Tezpur Lunatic Asylum reports 1877-1894 - 1877-1894
Year: 1877
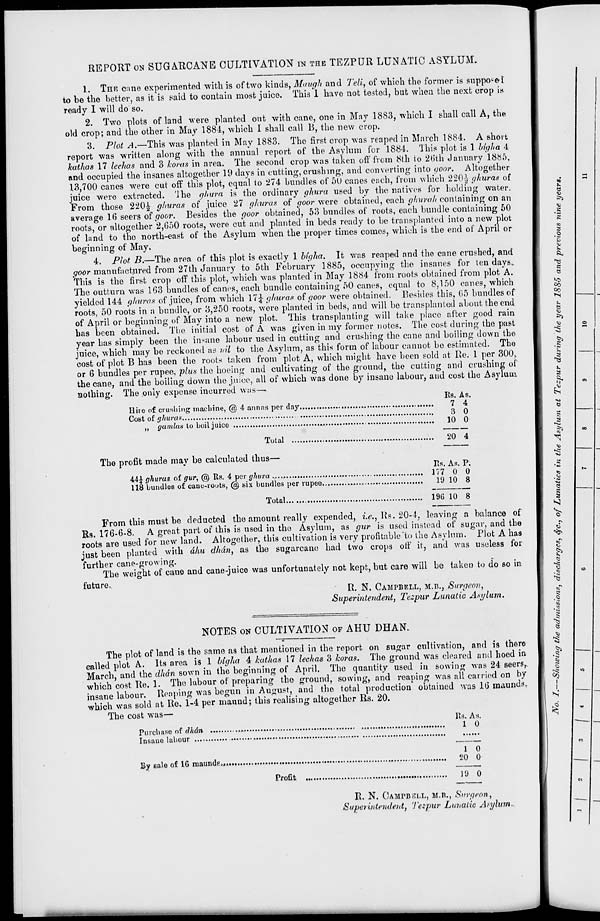
REPORT ON SUGARCANE CULTIVATION IN THE TEZPUR LUNATIC ASYLUM.
1. THE c:me experimented with is of two kinds, Maugh and Tell, of which the former is support
to be the better, as it is said to contain most juice. This 1 have not tested, but when the next crop is
ready I will do so.
2. Two plots of land were planted out with cane, one in May 1883, which I shall call A, the
old crop; and the other in May 1884, which I shall call B, the new crop.
3. Plot A.—This was planted in May 1883. The first crop was reaped in Match 1884. A short
report was written along with the annual report of the Asylum for 1884. This plot is 1 bigha 4
kathas 17 lechas and 3 koras in area. The second crop was taken off from 8th to 2b'th January 1885,
and occupied the insanes altogether 19 days in cutting, crushing, and converting into goor. Altogether
13,700 canes were cut off this plot, equal to 274 bundles of 50 canes each, from which 220-i- ghuras of
juice were extracted, 'ihe ghvra is the ordinary ghura used by the natives for holding water.
From those 220^ ghuras of juice 27 ghuras of goor were obtained, each ghuvah containing on an
average 16 seers of goor. Besides the goor obtained, 53 bundles of roots, each bundle containing 50
roots, or altogether 2,650 roots, were cut and planted in beds ready to be transplanted into a new plot
of land to the north-east of the Asylum when the proper times comes, which is the end of April or
beginning of May.
4. Plot B.—The area of this plot is exactly 1 bigha. It was reaped and the cane crushed, and
goor manufactured from 27th January to 5th February 1885, occupying the insanes for ten days..
This is the first crop off this plot, which was planted in May 1884 from roots obtained from plot A.
The outturn was 163 bundles of canes, each bundle containing 50 canes, equal to 8,150 canes, which
yielded 144 ghuras of juice, from which 17£ ghuras of goor were obtained. Besides this, 65 bundles of
roots, 50 roots in a bundle, or 3,250 roots, were planted in beds, and will be transplanted about the end
of April or beginning of May into a new plot. This transplanting will take place after good rain
has been obtained. The initial cost of A was given in my former notes. The cost during the past
year has simply been the insane labour used in cutting and crushing the cane and boiling down the
juice, which may be reckoned as nil to the Asylum, as this form of labour cannot be estimated. The
cost of plot B has been the roots taken from plot A, which might have been sold at Re. 1 per 300,
or 6 bundles per rupee, plus the hoeing and cultivating of the ground, the cutting and crushing of
the cane, and the boiling down the juice, all of which was done by insane labour, and cost the Asylum
nothing. The only expense incurred was—
Rs. As.
Hire of crushing tnaoliine, @ 4 annas per day
7 4
Cost of ghuras
3 0
,, gamlus to boil juice
..
10 0
Total
20 4
The profit made mav be calculated thus—
Rs. As. P.
44£ ghuras of gur, @ Its. 4 per ghura
177 0 0
118 bundles of cauc-ioots, @ bix bundles per rupee
19 10 8
Total
1% 10 8
From this must be deducted the amount really expended, i.«., Rs. 20-4, leaving a balance of
Rs. 176-6-8. A great part of this is used in the Asylum, as gur is used instead of sugar, and the
roots are used for new land. Altogether, this cultivation is very profitable "to the Asylum. Plot A has
just been planted with dhu dhdn, as the sugarcane had two crops off it, and was useless for
further cane-growing.
The weight of cane and cane-juice was unfortunately not kept, but care will be taken to do so in
future.
R. N. CAMPBELL, M.B., Surgeon,
Superintendent, Tezpur Lunatic Asylum.
NOTES ON CULTIVATION OF AHU DHAN.
The plot of land is the same as that mentioned in the report on sugar cultivation, and is there
called plot A. Its area is 1 bigha 4 kathas 17 lechas 3 koras. The ground was cleared and hoed in
March and the dhdn sown in the beginning of April. The quantity used in sowing was 24 seers,,
which cost Re. 1. The labour of preparing the ground, sowing, and reaping was all carried on by
insane labour. Reaping was begun in August, and the total production obtained was 10 maunds,
which was sold at Re. 1-4 per maund; this realising altogether Rs. 20.
The cost was—
Rs. As.
Pure-base of dhdn
1 0
Insaue labour
1 0
By sale of 10 maundfi.,
20 0
Profit
19 0
R. N. CAMPBELL, M.n., Surgeon,
Superintendent, Tezpur Lunatic Art/lum.